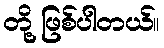
တို့ ဖြစ်ပါတယ်။